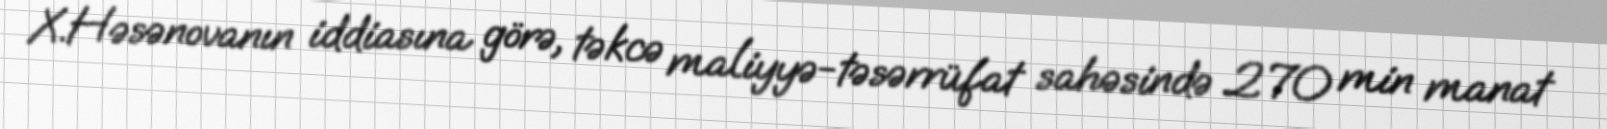
X.Həsənovanın iddiasına görə, təkcə maliyyə-təsərrüfat sahəsində 270 min manat